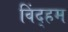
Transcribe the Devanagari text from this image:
विंद्हम